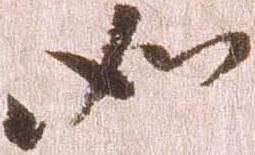
如